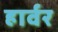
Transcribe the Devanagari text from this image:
हार्वर